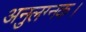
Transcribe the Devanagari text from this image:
अनुलग्नक।